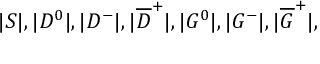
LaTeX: | S | , | D ^ { 0 } | , | D ^ { - } | , | \overline { { D } } ^ { + } | , | G ^ { 0 } | , | G ^ { - } | , | \overline { { G } } ^ { + } | ,